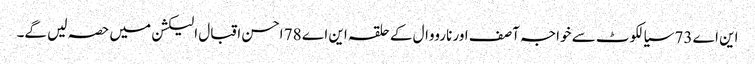
این اے 73 سیالکوٹ سے خواجہ آصف اور نارووال کے حلقہ این اے 78 احسن اقبال الیکشن میں حصہ لیں گے۔